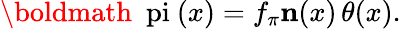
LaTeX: \mathrm{\boldmath~\ pi~}(x)=f_{\pi}{\mathbf n}(x)\, \theta(x).